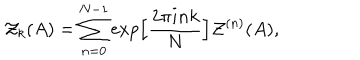
{ \cal Z } _ { k } ( A ) = \sum _ { n = 0 } ^ { N - 1 } \exp \Bigl [ \frac { 2 \pi i n k } { N } \Bigr ] { \cal Z } ^ { ( n ) } ( A ) ,